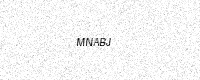
Text: MNABJ